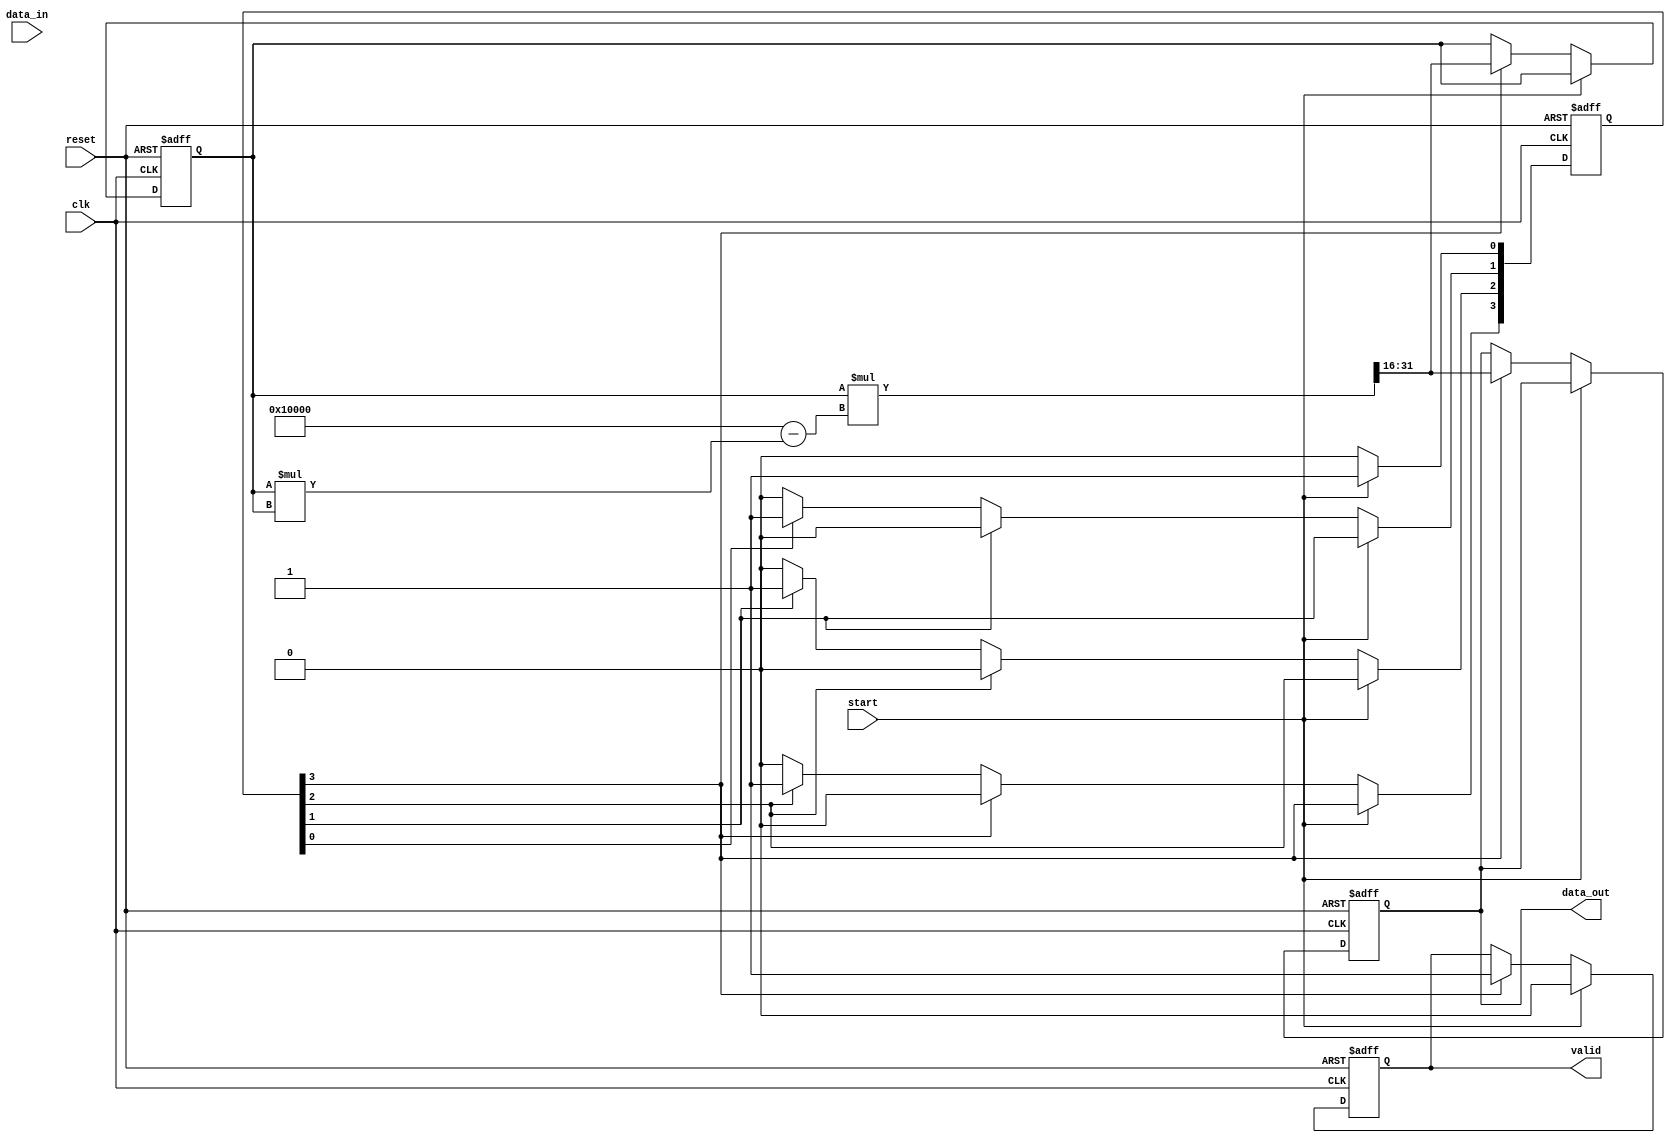
module SystolicArrayReciprocal #(
    parameter DATA_WIDTH = 16,
    parameter NUM_PE = 4 // Number of Processing Elements
)(
    input wire [DATA_WIDTH-1:0] data_in,
    input wire clk,
    input wire reset,
    input wire start,
    output reg [DATA_WIDTH-1:0] data_out,
    output reg valid
);

    // Internal signals
    reg [DATA_WIDTH-1:0] pe[0:NUM_PE-1]; // Processing element registers
    reg [DATA_WIDTH-1:0] temp_result;     // Temporary storage for results
    reg [NUM_PE-1:0] busy;                // Busy flags for PEs
    integer i;

    // Control logic
    always @(posedge clk or posedge reset) begin
        if (reset) begin
            // Reset all registers and output
            for (i = 0; i < NUM_PE; i = i + 1) begin
                pe[i] <= 0;
                busy[i] <= 0;
            end
            data_out <= 0;
            valid <= 0;
        end else if (start) begin
            // Load input data into the first processing element
            pe[0] <= data_in; 
            busy[0] <= 1; // Mark PE0 as busy
            
            // Initialize valid signal
            valid <= 0;
        end else begin
            // Systolic array processing
            for (i = 0; i < NUM_PE; i = i + 1) begin
                if (busy[i]) begin
                    // Processing logic for each PE
                    if (i == 0) begin
                        // First PE takes input directly
                        temp_result = pe[i] * (2**DATA_WIDTH - pe[i] * pe[i]) >> DATA_WIDTH; // Newton-Raphson step
                    end else begin
                        // Subsequent PEs take input from the previous PE
                        temp_result = pe[i] * (2**DATA_WIDTH - pe[i] * pe[i]) >> DATA_WIDTH; // Newton-Raphson step
                    end
                    
                    // Store result in current PE
                    pe[i] <= temp_result;

                    // Check if we are at the last PE
                    if (i == NUM_PE - 1) begin
                        data_out <= temp_result; // Final result from last PE
                        valid <= 1; // Set valid signal
                    end
                end
            end
            
            // Update busy flags
            for (i = 0; i < NUM_PE; i = i + 1) begin
                if (busy[i]) begin
                    if (i < NUM_PE - 1) begin
                        busy[i + 1] <= busy[i]; // Propagate busy signal to next PE
                    end
                    busy[i] <= 0; // Mark current PE as not busy after processing
                end
            end
        end
    end

endmodule